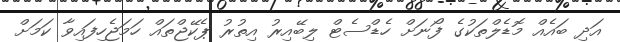
އަދި ބައެއް މޮޑެލްތަކުގެ ފޯނަށް ހެޑްސެޓް ލިބޭއިރު އިތުރު ޕެކޭޖްތައް ހަމަޖެހިފައިވާ ކަމަށް